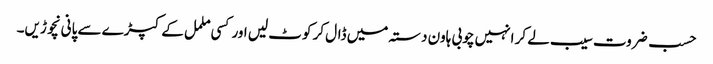
حسب ضروت سیب لے کر انہیں چوبی ہاون دستہ میں ڈال کر کوٹ لیں اور کسی ململ کے کپڑے سے پانی نچوڑیں۔